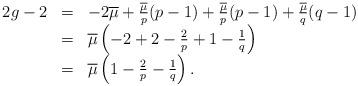
LaTeX: \begin{align*} \begin{array}{rcl} 2g - 2 & = & -2 \overline{\mu} + \frac{\overline{\mu}}{p}(p-1) + \frac{\overline{\mu}}{p}(p-1) + \frac{\overline{\mu}}{q}(q-1) \\ & = & \overline{\mu} \left( -2 + 2 - \frac{2}{p} + 1 - \frac{1}{q} \right) \\ & = & \overline{\mu} \left(1 - \frac{2}{p} - \frac{1}{q} \right) . \end{array} \end{align*}